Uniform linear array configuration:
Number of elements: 8
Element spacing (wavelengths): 0.75
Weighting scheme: hann
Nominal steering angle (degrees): -60
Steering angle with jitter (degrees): -58.753
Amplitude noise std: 0.05
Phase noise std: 0.05

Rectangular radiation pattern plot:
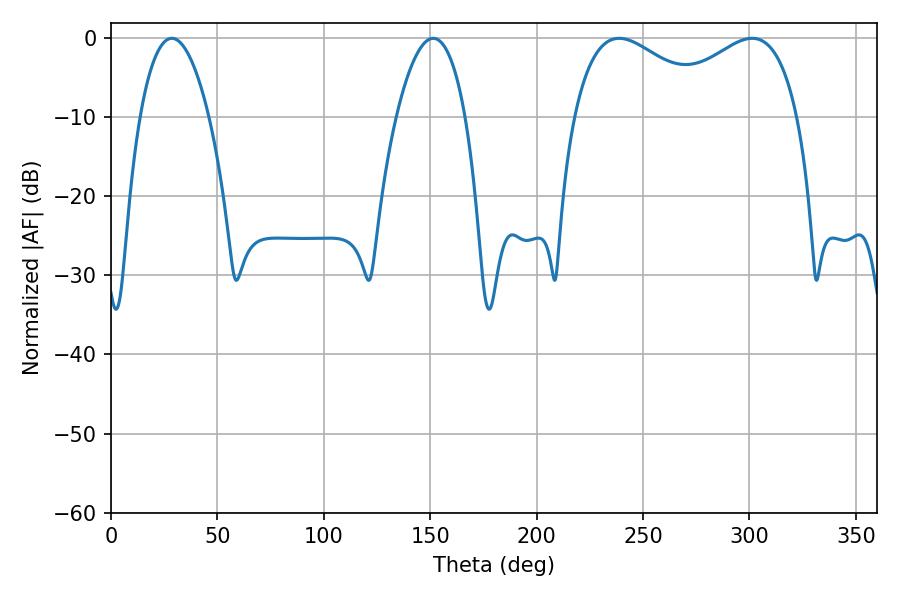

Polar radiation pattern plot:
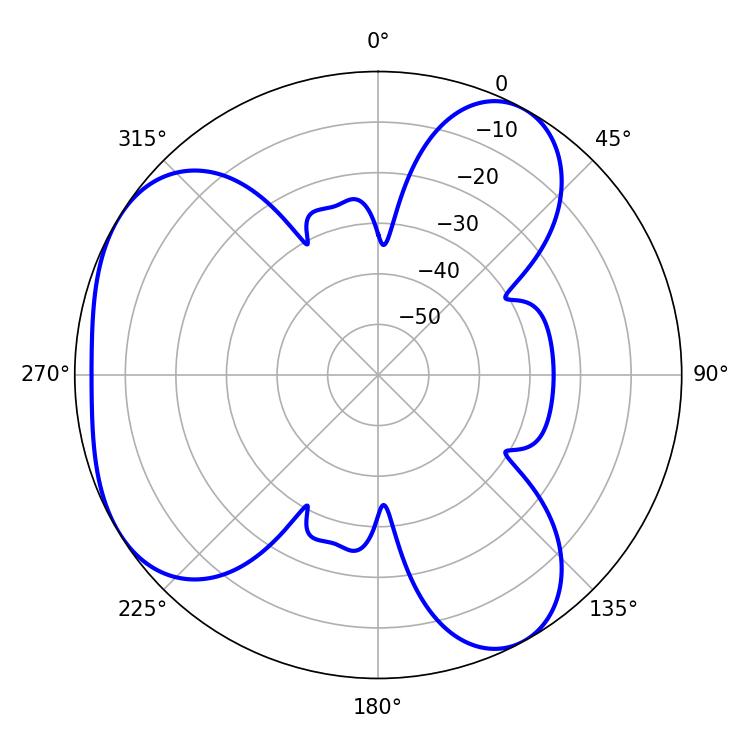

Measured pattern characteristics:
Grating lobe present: TRUE
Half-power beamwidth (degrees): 18
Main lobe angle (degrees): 28.62